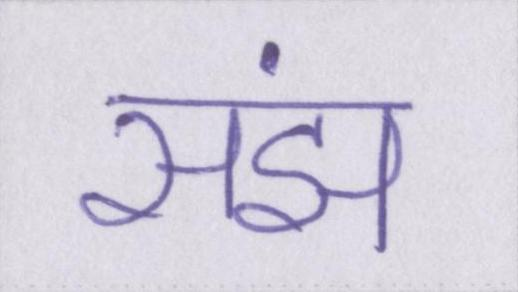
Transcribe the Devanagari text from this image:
संझ